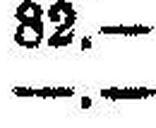
—.—